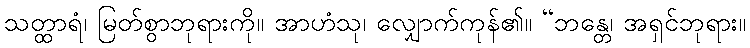
သတ္ထာရံ၊ မြတ်စွာဘုရားကို။ အာဟံသု၊ လျှောက်ကုန်၏။ “ဘန္တေ၊ အရှင်ဘုရား။